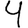
Digit: 4